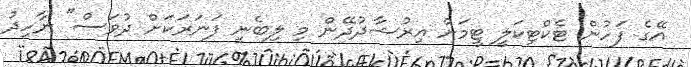
އޭގެ ފަހުން ޓެކްޓިކަލީ ޓީމަށް އިރުޝާދުދޭން މި ލިބެނީ ފަނަރަކަށް ދުވަސް" ނާހިދު